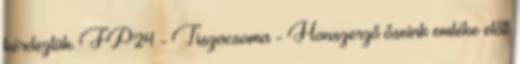
kérdeztük. FP24 - Tiszacsoma - Honszerző őseink emléke előtt